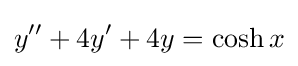
y''+4y'+4y=\cosh x